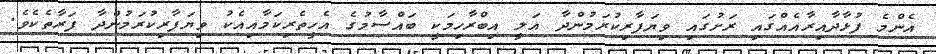
އެންމެ ފުޅާދާއިރާއެއްގައި ރަށުގައި ވިޔަފާރިކުރަމުންދާ އަލީ އިބްރާހިމަކީ ބައްސާމުގެ އެހީތެރިކަމާއިއެކު ވިޔަފާރިކުރަމުންދާ ފަރާތެކެވެ.